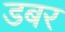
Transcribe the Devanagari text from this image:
डबर